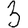
Digit: 3